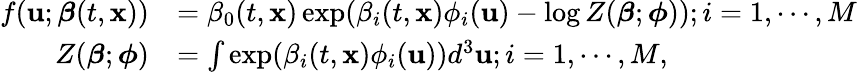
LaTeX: \begin{array}{rl}{f(\mathbf{u};\boldsymbol{\beta}(t,\mathbf{x}))}&{=\beta_{0}(t,\mathbf{x})\exp(\beta_{i}(t,\mathbf{x})\phi_{i}(\mathbf{u})-\log Z(\boldsymbol{\beta};\boldsymbol{\phi}));i=1,\cdots,M}\\ {Z(\boldsymbol{\beta};\boldsymbol{\phi})}&{=\int\exp(\beta_{i}(t,\mathbf{x})\phi_{i}(\mathbf{u}))d^{3}\mathbf{u};i=1,\cdots,M,}\end{array}